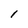
Character: l